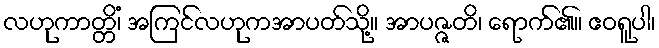
လဟုကာတ္တိံ၊ အကြင်လဟုကအာပတ်သို့။ အာပဇ္ဇတိ၊ ရောက်၏။ ဧဝရူပါ၊